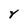
Character: Y